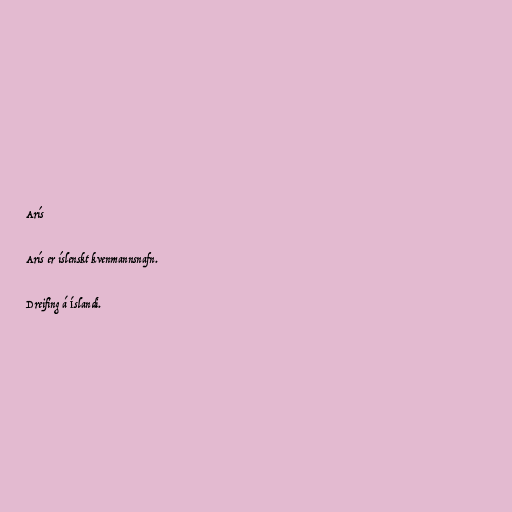
Arís

Arís er íslenskt kvenmannsnafn.

Dreifing á Íslandi.